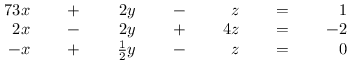
{ \begin{array} { r l r l r l r l r l r l r l } { { 7 } 3 x } & { } & { \; + \; } & { } & { 2 y } & { } & { \; - \; } & { } & { z } & { } & { \; = \; } & { } & { 1 } & { } \\ { 2 x } & { } & { \; - \; } & { } & { 2 y } & { } & { \; + \; } & { } & { 4 z } & { } & { \; = \; } & { } & { - 2 } & { } \\ { - x } & { } & { \; + \; } & { } & { { \frac { 1 } { 2 } } y } & { } & { \; - \; } & { } & { z } & { } & { \; = \; } & { } & { 0 } & { } \end{array} }